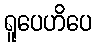
ရူပေဟိပေ